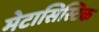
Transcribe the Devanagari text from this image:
मेटासिस्टिक